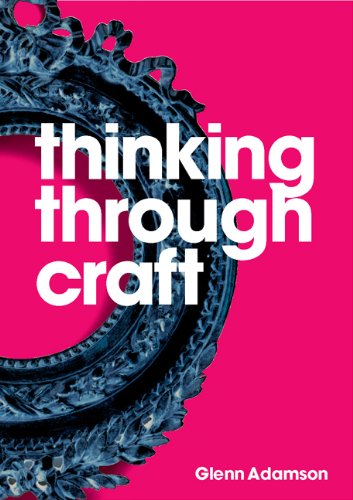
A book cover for Thinking Through Craft; Glenn Adamson; Arts & Photography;